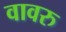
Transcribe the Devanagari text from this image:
वावरु